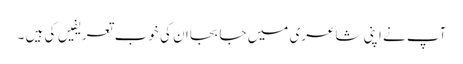
آپ نے اپنی شاعری میں جا بجا ان کی خوب تعریفیں کی ہیں ۔